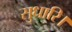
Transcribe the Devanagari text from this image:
सुधारि।